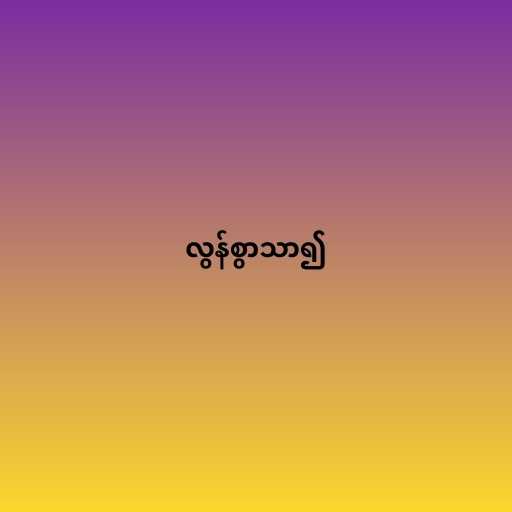
လွန်စွာသာ၍